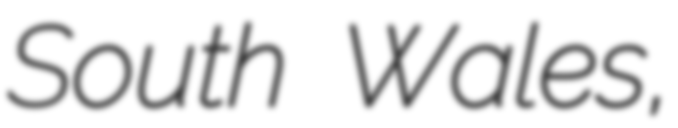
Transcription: South Wales,